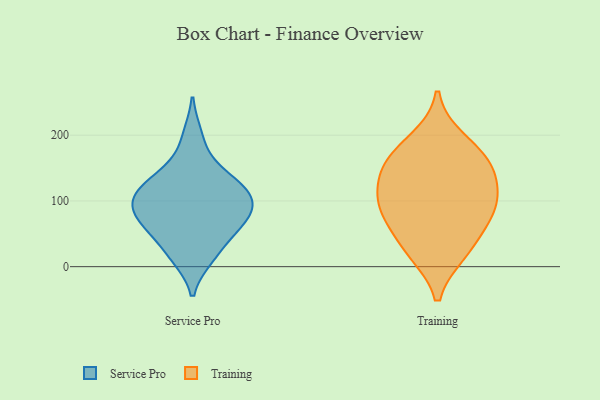
{"axis": {"x": "Latency (ms)", "y": "Value"}, "legend": ["Service Pro", "Training"], "data": [{"x": "", "y": 15, "type": "Service Pro"}, {"x": "", "y": 95, "type": "Service Pro"}, {"x": "", "y": 102, "type": "Service Pro"}, {"x": "", "y": 13, "type": "Service Pro"}, {"x": "", "y": 200, "type": "Service Pro"}, {"x": "", "y": 75, "type": "Service Pro"}, {"x": "", "y": 47, "type": "Service Pro"}, {"x": "", "y": 129, "type": "Service Pro"}, {"x": "", "y": 131, "type": "Service Pro"}, {"x": "", "y": 156, "type": "Service Pro"}, {"x": "", "y": 60, "type": "Service Pro"}, {"x": "", "y": 85, "type": "Service Pro"}, {"x": "", "y": 88, "type": "Service Pro"}, {"x": "", "y": 58, "type": "Service Pro"}, {"x": "", "y": 116, "type": "Service Pro"}, {"x": "", "y": 114, "type": "Service Pro"}, {"x": "", "y": 26, "type": "Training"}, {"x": "", "y": 159, "type": "Training"}, {"x": "", "y": 98, "type": "Training"}, {"x": "", "y": 152, "type": "Training"}, {"x": "", "y": 193, "type": "Training"}, {"x": "", "y": 160, "type": "Training"}, {"x": "", "y": 102, "type": "Training"}, {"x": "", "y": 68, "type": "Training"}, {"x": "", "y": 119, "type": "Training"}, {"x": "", "y": 22, "type": "Training"}, {"x": "", "y": 79, "type": "Training"}]}